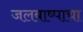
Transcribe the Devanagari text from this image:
जलबाष्पाचा